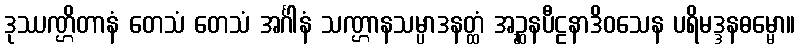
ဒုဿဏ္ဌိတာနံ တေသံ တေသံ အင်္ဂါနံ သဏ္ဌာနသမ္ပာဒနတ္ထံ အဉ္ဆနပီဠနာဒိဝသေန ပရိမဒ္ဒနဓမ္မော။